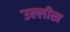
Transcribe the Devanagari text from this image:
उल्लीख